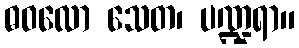
ဓဝလော သေတ၊ ပဏ္ဍရာ။